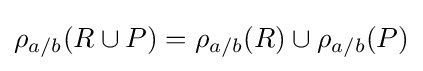
\rho _{a/b}(R\cup P)=\rho _{a/b}(R)\cup \rho _{a/b}(P)